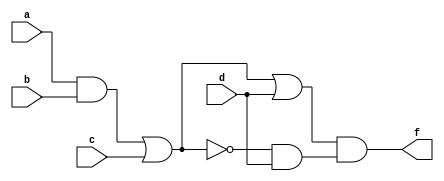
module q1s(a,b,c,d,f);
input a,b,c,d;
output f;

and(g,a,b);
or(h,g,c);
not(k,h);
and(j,k,d);
or(i,h,d);
and(f,i,j);

endmodule